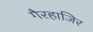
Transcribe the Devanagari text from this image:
गैरहाजिर